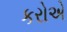
કરોએ